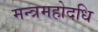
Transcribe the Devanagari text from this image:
मन्त्रमहोदधि